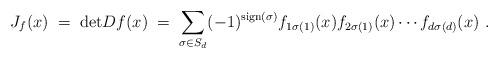
LaTeX: \begin{align*} J_f(x)\;=\; \mathrm{det}Df(x)\;=\; \sum_{\sigma\in S_d} (-1)^{\mathrm{sign}(\sigma)}f_{1\sigma(1)}(x)f_{2\sigma(1)}(x)\cdots f_{d\sigma(d)}(x)\ .\end{align*}